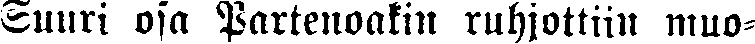
Suuri osa Partenoakin ruhjottiin muo-